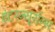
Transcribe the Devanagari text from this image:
इंटरन्यूरॉन्स